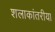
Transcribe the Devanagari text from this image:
शलाकांतरीया